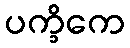
ပက္ခိကေ